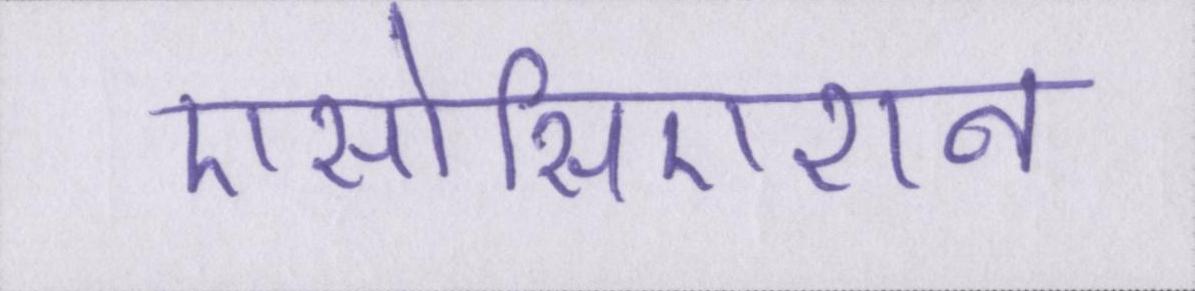
एसोसिएशन